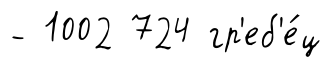
- 1002 724 гр'еб'е́ц